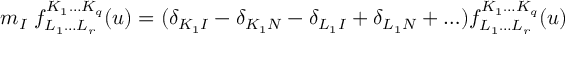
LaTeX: m _ { I } \; f _ { L _ { 1 } \ldots L _ { r } } ^ { K _ { 1 } \ldots K _ { q } } ( u ) = ( \delta _ { K _ { 1 } I } - \delta _ { K _ { 1 } N } - \delta _ { L _ { 1 } I } + \delta _ { L _ { 1 } N } + \ldots ) f _ { L _ { 1 } \ldots L _ { r } } ^ { K _ { 1 } \ldots K _ { q } } ( u )